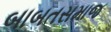
બાબતસમાજ